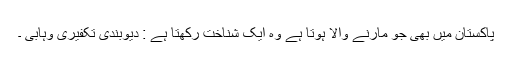
پاکستان میں بھی جو مارنے والا ہوتا ہے وہ ایک شناخت رکھتا ہے : دیوبندی تکفیری وہابی ۔